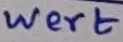
Text: Wert